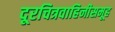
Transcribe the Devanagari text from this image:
दूरचित्रवाहिनीसमूह